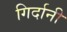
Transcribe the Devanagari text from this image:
गिर्दानी